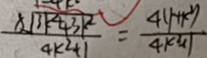
\frac { 8 \sqrt { 3 k ^ { 2 } k ^ { 2 } k ^ { 2 } } } { 4 k ^ { 2 } + 1 } = \frac { 4 ( 1 + k ^ { 2 } ) } { 4 k ^ { 2 } + 1 }